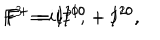
F ^ { 3 } = i I ^ { 3 0 } , \hspace { 0 . 5 c m } F ^ { - } = i I ^ { 1 0 } + I ^ { 2 0 } , \hspace { 0 . 5 c m } F ^ { + } = i I ^ { 1 0 } - I ^ { 2 0 } ,